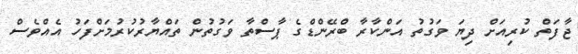
ޖާފަތް ކުރިއަށް ދިޔަ ވަގުތު އަންކާރާ ބްރޭންޑްގެ ޕާސްތާ ވަގުތުން ތައްޔާރުކުރުމަށްފަހު އެއްވެސް